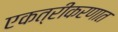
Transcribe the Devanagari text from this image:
एकत्रीकरणात